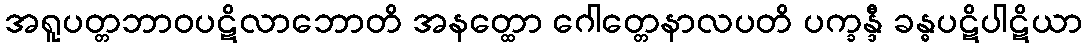
အရူပတ္တဘာဝပဋိလာဘောတိ အနတ္ထော ဂေါတ္တေနာလပတိ ပက္ခန္ဒီ ခန္ဓပဋိပါဋိယာ